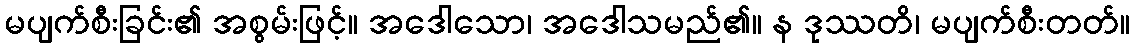
မပျက်စီးခြင်း၏ အစွမ်းဖြင့်။ အဒေါသော၊ အဒေါသမည်၏။ န ဒုဿတိ၊ မပျက်စီးတတ်။